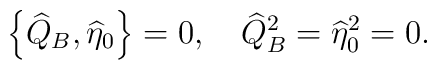
\left\{\widehat{Q}_B,\widehat{\eta}_0\right\}=0,\quad \widehat{Q}_B^2=\widehat{\eta}_0^2=0.